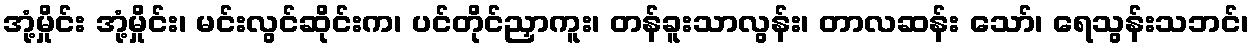
အုံ့မှိုင်း အုံ့မှိုင်း၊ မင်းလွင်ဆိုင်းက၊ ပင်တိုင်ညှာကူး၊ တန်ခူးသာလွန်း၊ တာလဆန်း သော်၊ ရေသွန်းသဘင်၊